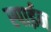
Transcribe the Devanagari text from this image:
स्पाईन